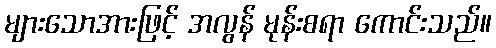
များသောအားဖြင့် အလွန် မုန်းစရာ ကောင်းသည်။